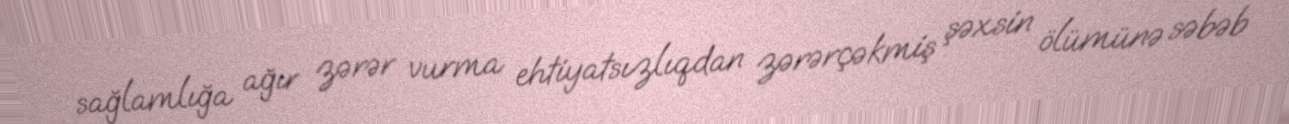
sağlamlığa ağır zərər vurma ehtiyatsızlıqdan zərərçəkmiş şəxsin ölümünə səbəb